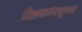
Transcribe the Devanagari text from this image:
प्रेक्षकांमधूनच